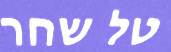
טל שחר